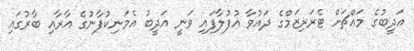
އަދީބުގެ މައްޗަށް ޓެރަރިޒަމްގެ ދައުވާ އުފުލާފައި ވަނީ އަދީބު އެމަނިކުފާނުގެ އާރާއި ބާރުގައި